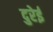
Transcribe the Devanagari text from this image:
दुरेई